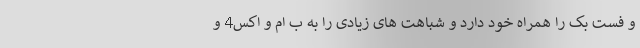
و فست بک را همراه خود دارد و شباهت های زیادی را به ب ام و اکس4 و